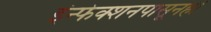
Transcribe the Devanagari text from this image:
इंन्फेक्शनपासूनही